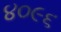
૪૦૯૬